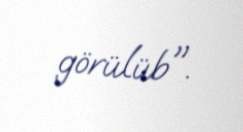
görülüb".